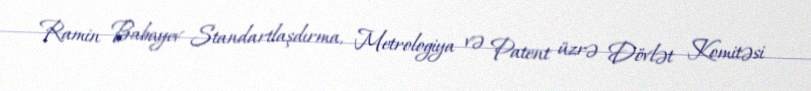
Ramin Babayev Standartlaşdırma, Metrologiya və Patent üzrə Dövlət Komitəsi